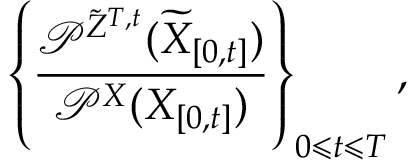
\left\{ \frac { \mathcal { P } ^ { \tilde { Z } ^ { T , t } } ( \widetilde { X } _ { [ 0 , t ] } ) } { \mathcal { P } ^ { X } ( X _ { [ 0 , t ] } ) } \right\} _ { 0 \leqslant t \leqslant T } ,